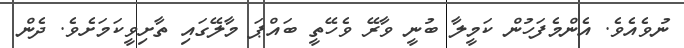
ނުވެއެވެ. އެންމެފަހުން ކަމީލާ ބުނީ ވާރޭ ވެހޭތީ ބައްޕަ މާލޭގައި ތާށިވީކަމަށެވެ. ދެން